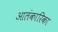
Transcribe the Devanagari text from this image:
आलंकारिका